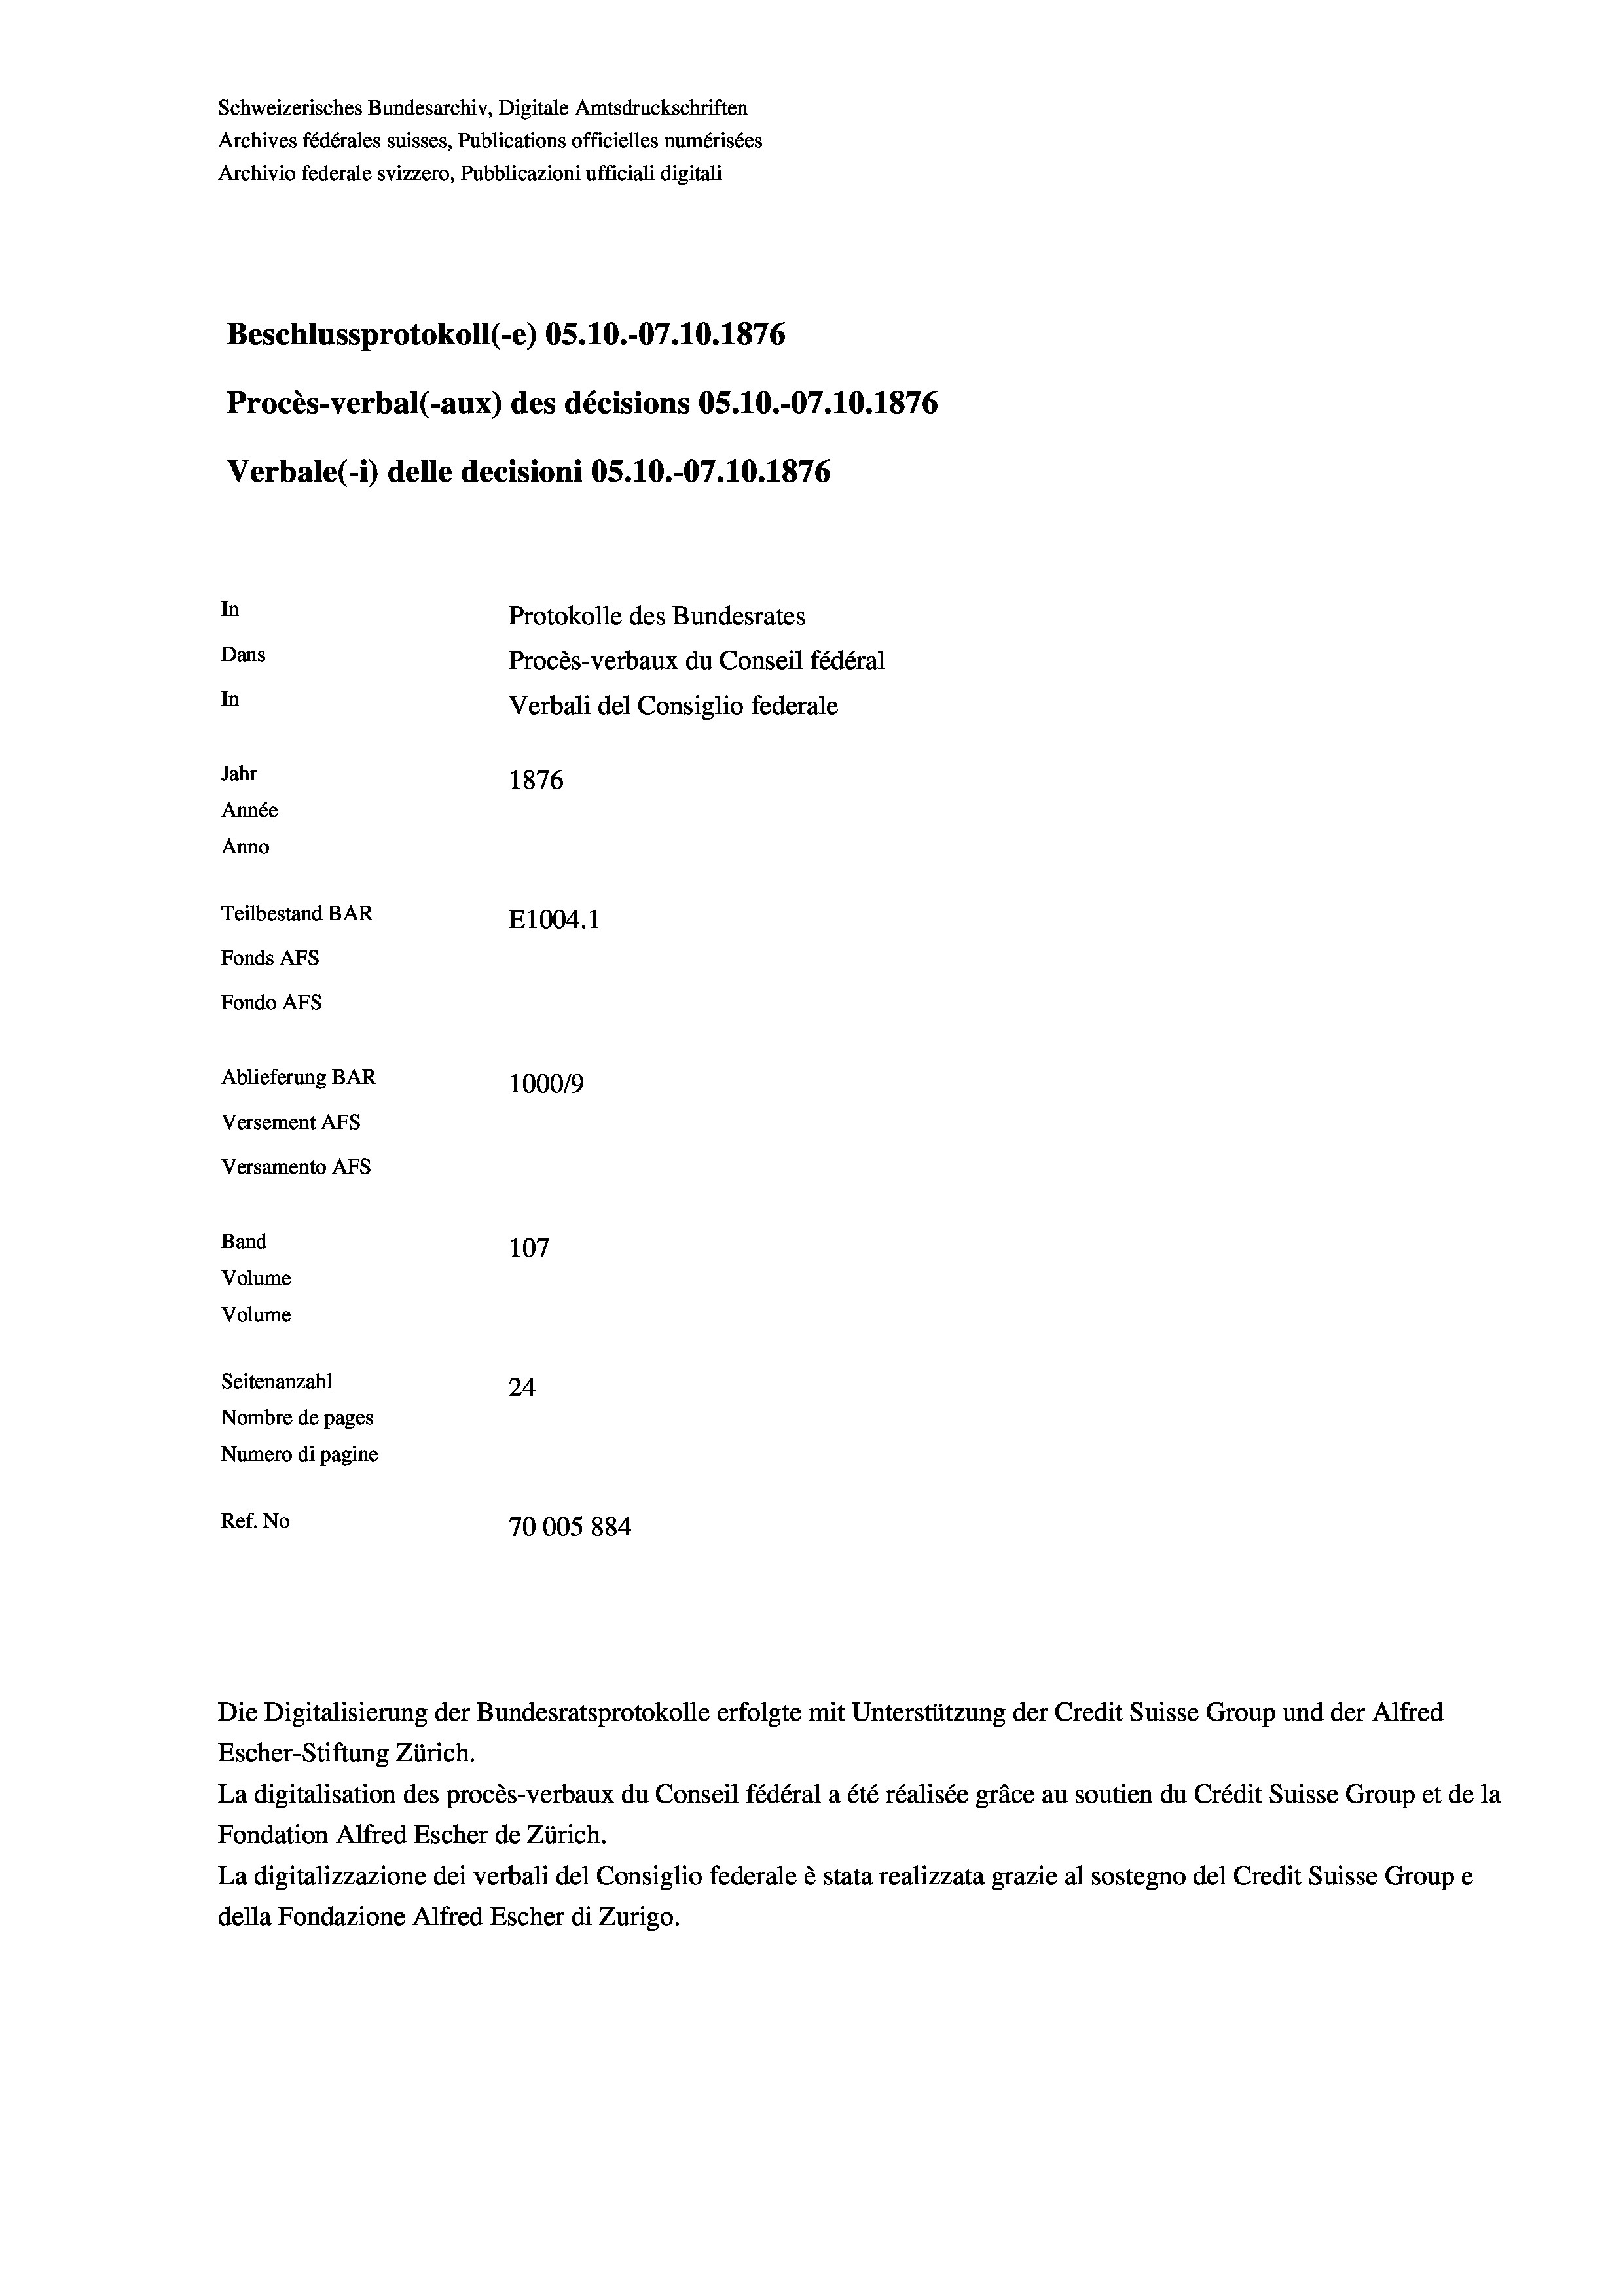
Schweizerisches Bundesarchiv, Digitale Amtsdruckschriften
Archives fédérales suisses, Publications officielles numérisées
Archivio federale svizzero, Pubblicazioni ufficiali digitali
Beschlussprotokoll (-e) OS.10.-07.10.1876
Procès-verbal (-aux) des décisions OS.10.-07.10.1876
Verbale(-*) delle decisioni OS.10.-07.10.1876
In
Protokolle des Bundesrates
Dans
Procès-verbaux du Conseil fédéral
In
Verbali del Consiglio federale
Jahr
1876
Année
Anno
Teilbestand BAR
E1004.1
Fonds AFs
Fondo Afs
Ablieferung BAR
100019
Versement AFs
Versamento AFS

107
Seitenanzahl
24
Nombre de pages
Numero di pagine
Ref. No
70005884

Band
Volume
Volume

Escher-Stiftung Zürich.
La digitalisation des procès-verbaux du Conseil fédéral a été réalisée gräce au soutien du Crédit Suisse Group et de la
Fondation Alfred Escher de Zürich.
La digitalizzazione dei verbali del Consiglio federale è stata realizzata grazie al sostegno del Credit Suisse Groupe
della Fondazione Alfred Escher di Zurigo.

Die Digitalisierung der Bundesratsprotokolle erfolgte mit Unterstützung der Credit Suisse Group und der Alfred